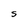
Character: S